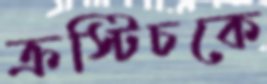
ক্রস্টিচকে